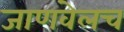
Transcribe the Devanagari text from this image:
जाणवेलच